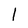
Character: 1